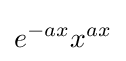
e^{-ax}x^{ax}